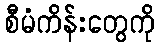
စီမံကိန်းတွေကို